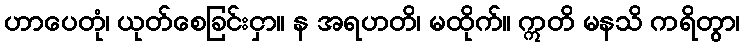
ဟာပေတုံ၊ ယုတ်စေခြင်းငှာ။ န အရဟတိ၊ မထိုက်။ ဣတိ မနသိ ကရိတွာ၊